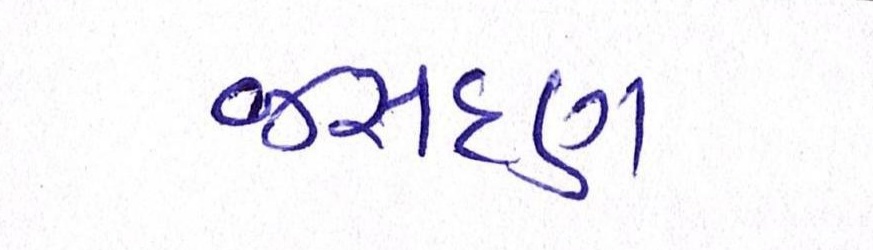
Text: જસદણ